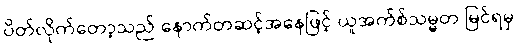
ပိတ်လိုက်တော့သည် နောက်တဆင့်အနေဖြင့် ယူအက်စ်သမ္မတ မြင်ရမှ